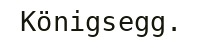
Königsegg.